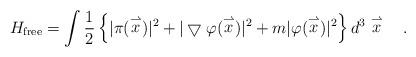
LaTeX: \begin{align*}H_{\rm free}=\int\frac{1}{2}\left\{|\pi(\stackrel{\rightharpoonup}{x})|^2+|\bigtriangledown\varphi(\stackrel{\rightharpoonup}{x})|^2+m|\varphi(\stackrel{\rightharpoonup}{x})|^2\right\}d^3\stackrel{\rightharpoonup}{x} \ \ \ .\end{align*}